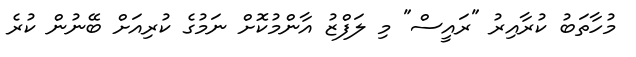
މުހާތަބު ކުރާއިރު "ރައީސް" މި ލަފްޒު އާންމުކޮށް ނަމުގެ ކުރިއަށް ބޭނުން ކުރެ